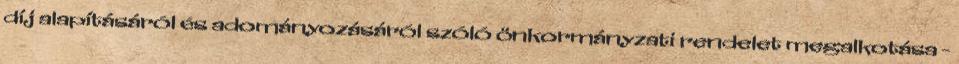
díj alapításáról és adományozásáról szóló önkormányzati rendelet megalkotása -